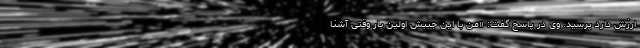
ارزش دارد پرسید. وی در پاسخ گفت: «من با این جنبش اولین بار وقتی آشنا